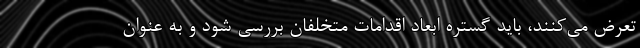
تعرض می‌کنند، باید گستره ابعاد اقدامات متخلفان بررسی شود و به عنوان